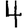
Digit: 4